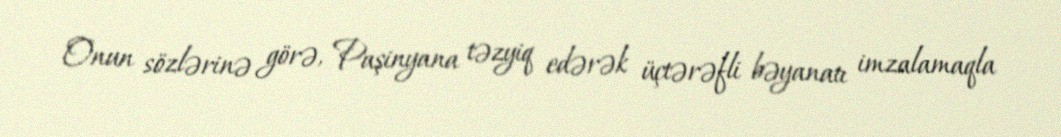
Onun sözlərinə görə, Paşinyana təzyiq edərək üçtərəfli bəyanatı imzalamaqla